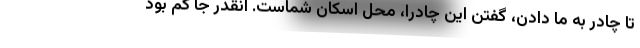
تا چادر به ما دادن، گفتن اين چادرا، محل اسكان شماست. انقدر جا كم بود